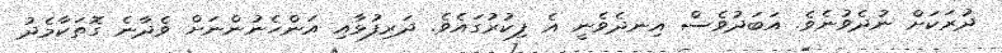
ދުރަކަށް ނުދެވުނެވެ. އަބަދުވެސް އިނދެވެނީ އެ ފިކުރުގައެވެ. ދަރިފުޅާއި އަންހެނުންނަށް ވެދާނެ ގޮތަކާމެދު